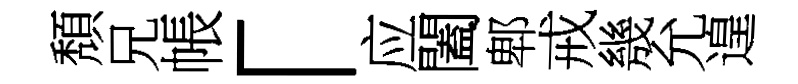
頽兄帳「应闔郫戒㡬允遑